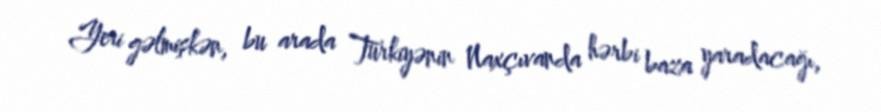
Yeri gəlmişkən, bu arada Türkiyənin Naxçıvanda hərbi baza yaradacağı,